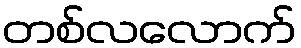
တစ်လလောက်